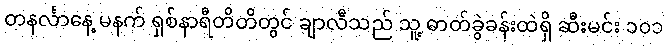
တနင်္လာနေ့ မနက် ရှစ်နာရီတိတိတွင် ချာလီသည် သူ့ ဓာတ်ခွဲခန်းထဲရှိ ဆီးမင်း ၁၀၁